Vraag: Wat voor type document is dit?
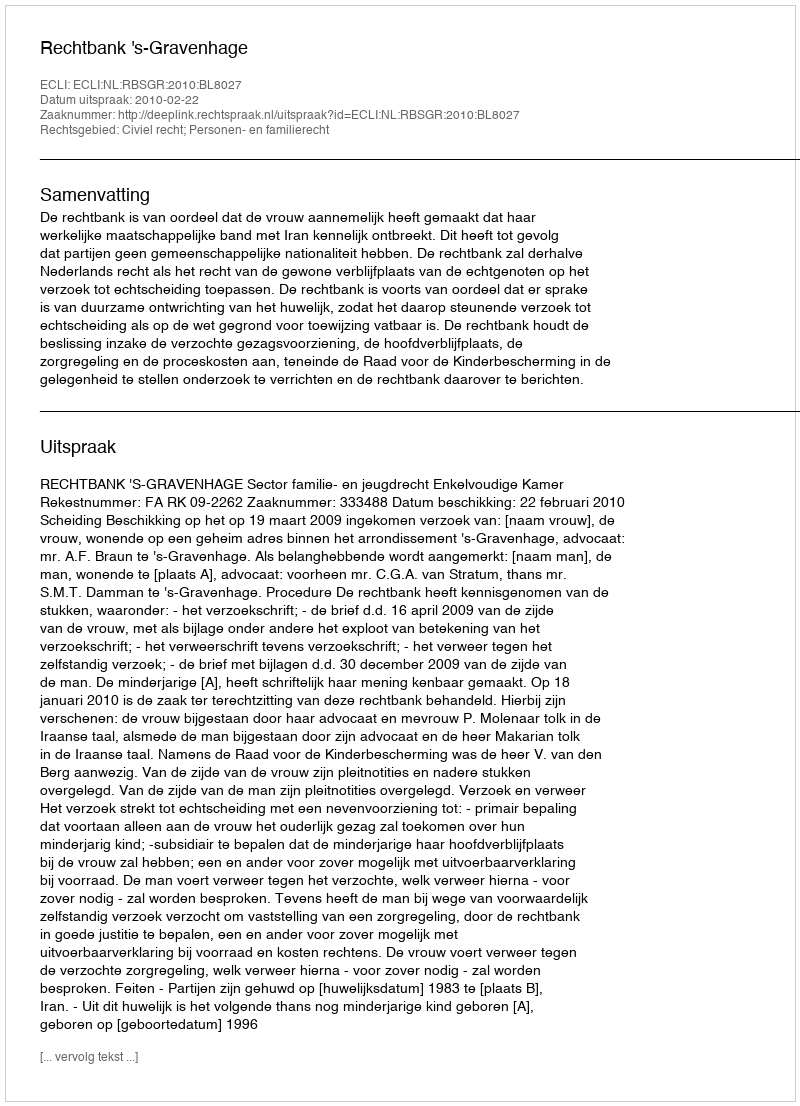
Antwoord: Uitspraak